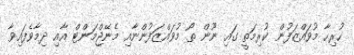
ހުރިހާ މުވައްޒަފުން ކުރިމަތީ ގައި ނޫން ތޯ މުވައްޒަފުންނާއި މެނޭޖްމަންޓް އާއި ދިމާވެފައިވާ